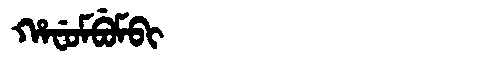
Manchu: ᡥᠠᠸᡠᠮᠪᡠᠮᠪᡳ
Romanization: HAFUMBUMBI